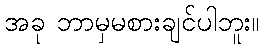
အခု ဘာမှမစားချင်ပါဘူး။